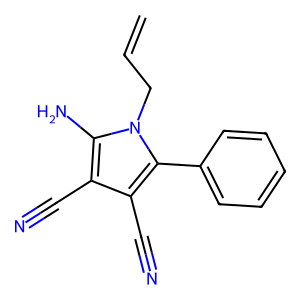
SMILES: C=CCn1c(N)c(C#N)c(C#N)c1-c1ccccc1
Inhibits HIV replication: No